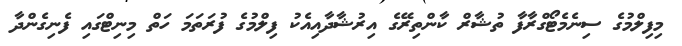
މިފިލްމުގެ ސިނެމެޓޯގްރާފާ ތުޝާރް ކާންތިރޭގެ އިރުޝާދާއިއެކު ފިލްމުގެ ފުރަތަމަ ހަތް މިނިޓްގައި ފެނިގެންދާ